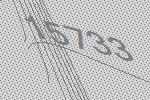
15733